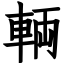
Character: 輌